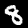
Digit: 8